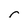
Character: r